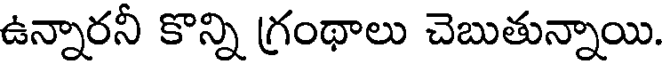
ఉన్నారనీ కొన్ని గ్రంథాలు చెబుతున్నాయి.